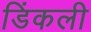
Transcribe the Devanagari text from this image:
डिंकली